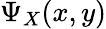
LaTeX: \Psi_{X}(x,y)